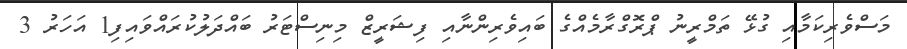
މަސްވެރިކަމާއި ގުޅޭ ތަމްރީނު ޕްރޮގްރާމެއްގެ ބައިވެރިންނާއި ފިޝަރީޒް މިނިސްޓަރު ބައްދަލުކުރައްވައިފި1 އަހަރު 3